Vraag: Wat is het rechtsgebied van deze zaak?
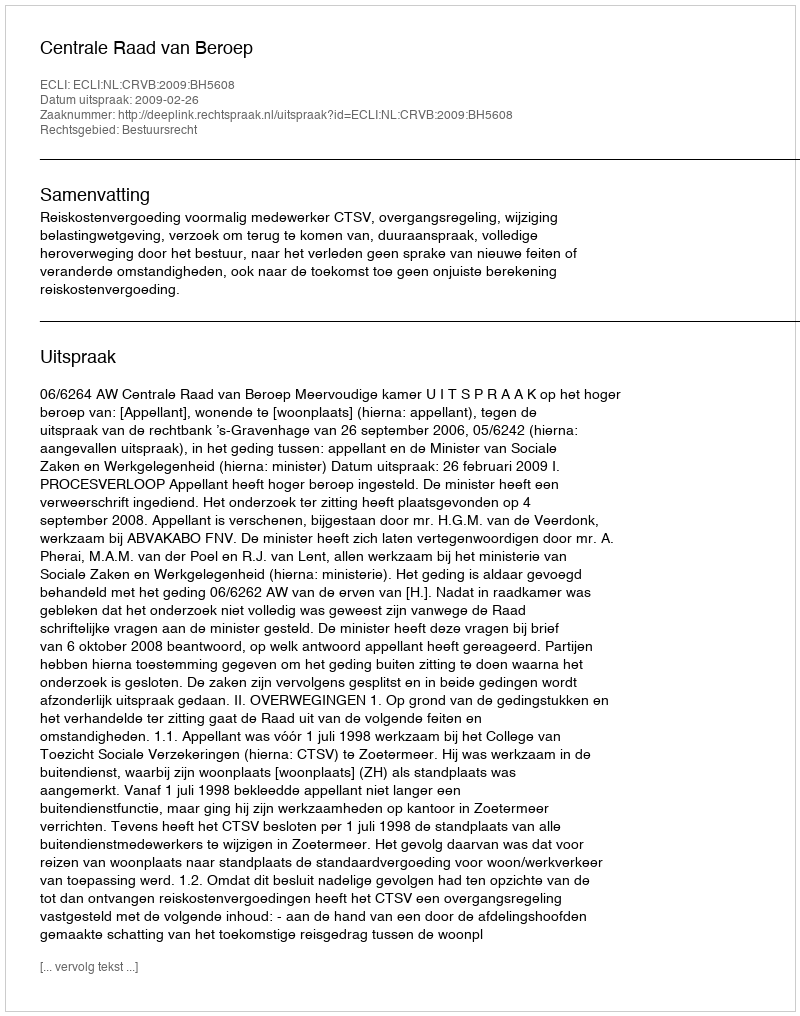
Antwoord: Bestuursrecht